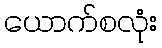
ယောက်စလုံး